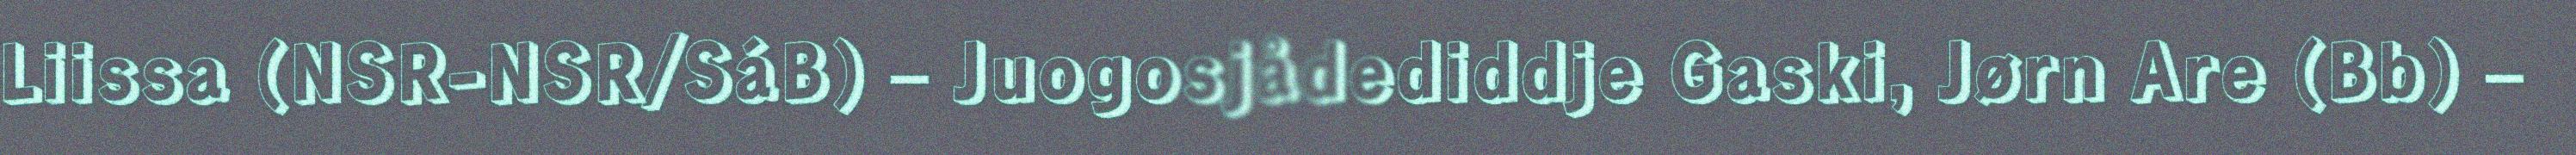
Liissa (NSR-NSR/SáB) – Juogosjådediddje Gaski, Jørn Are (Bb) –